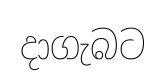
දාගැබට